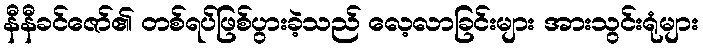
နီနီခင်ဇော်၏ တစ်ရပ်ဖြစ်ပွားခဲ့သည် လေ့လာခြင်းများ အားသွင်းရုံများ